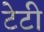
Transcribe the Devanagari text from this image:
टेटी